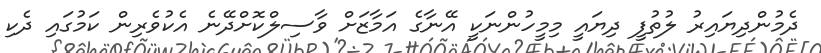
ދެމުންދިޔައިރު ލުތުފީ ދިޔައީ މިމީހުންނަކީ އޭނާގެ އަމާޒަށް ވާސިލްކޮށްދޭނެ އެކުވެރިން ކަމުގައި ދެކި